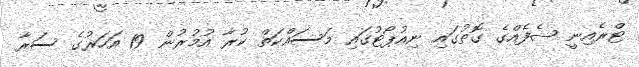
ޓްރެއިނީ ޝެފެއްގެ ގޮތުގައި ނިއުޕޯޓުގައި މަސައްކަތް ކުރާ އުމުރުން 19 އަހަރުގެ ސަރާ